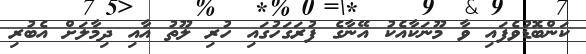
ކަންބޮޑުވެފައި ވާ މޫނަކާއެކު އޭނާގެ ފުރަގަހުގައި ހުރި ލޫތު އާއި ދިމާލަށް އެބުރި